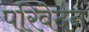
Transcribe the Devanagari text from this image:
परिवेदन